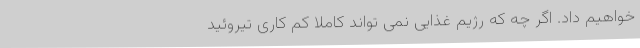
خواهیم داد. اگر چه که رژیم غذایی نمی تواند کاملاً کم کاری تیروئید